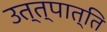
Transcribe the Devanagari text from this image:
उत्त्पात्ति